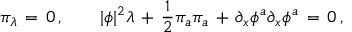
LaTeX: \pi _ { \lambda } \, = \, 0 \, , \qquad | \phi | ^ { 2 } \lambda \, + \, { \frac { 1 } { 2 } } \pi _ { a } \pi _ { a } \, + \, \partial _ { x } \phi ^ { a } \partial _ { x } \phi ^ { a } \, = \, 0 \, ,